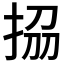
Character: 𭠱